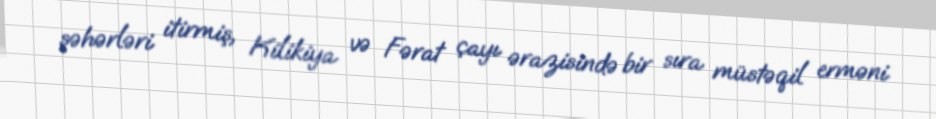
şəhərləri itirmiş, Kilikiya və Fərat çayı ərazisində bir sıra müstəqil erməni